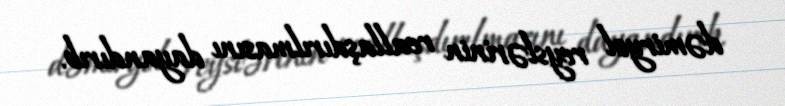
dəmiryol reyslərinin reallaşdırılmasını dayandırıb.